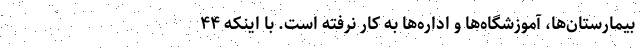
بیمارستان‌ها، آموزشگاه‌ها و اداره‌ها به کار نرفته است. با اینکه ۴۴